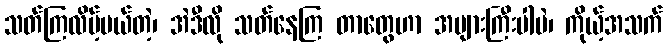
သတ်ကြလိမ့်မယ်တဲ့၊ အဲဒီလို သတ်နေကြ တာတွေဟာ အများကြီးပါပဲ၊ ကိုယ့်အသက်